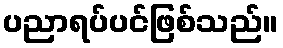
ပညာရပ်ပင်ဖြစ်သည်။